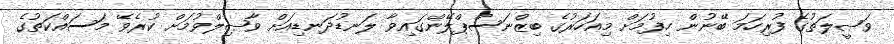
ވަޞީލަތުގެ ފުރިހަމަ ބޭނުން ހިފުމަށް މިއަހަރުގެ ބިޒްނަސްޕްލޭންގައިވާ ލަނޑުދަނޑިއަށް ވާޞިލްވުމަށް ކުރެވޭ މަސައްކަތުގެ